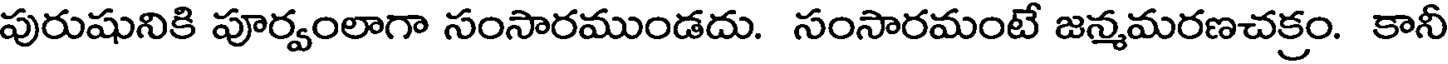
పురుషునికి పూర్వంలాగా సంసారముండదు. సంసారమంటే జన్మమరణచక్రం. కానీ